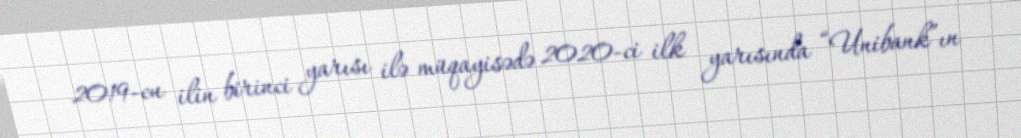
2019-cu ilin birinci yarısı ilə müqayisədə 2020-ci ilk yarısında “Unibank”ın